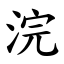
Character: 浣